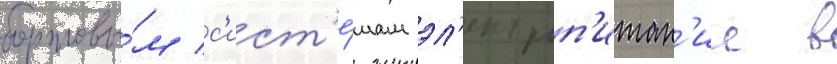
бортовы́м с'ист'е́мам эл'ектроп'итан'ие в